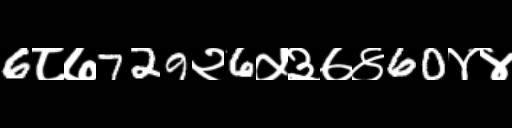
Text: 6८७729२6५३७४60४४